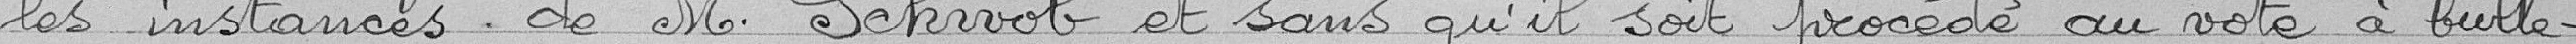
les instances de M. Schwob et sans qu'il soit procédé au vote à bulle-